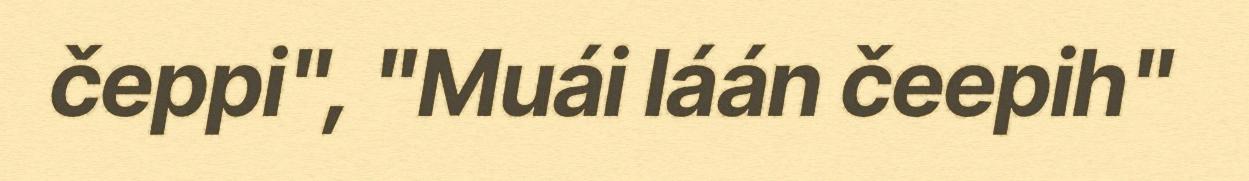
čeppi", "Muái láán čeepih"